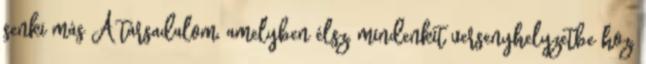
senki más A társadalom, amelyben élsz, mindenkit versenyhelyzetbe hoz,